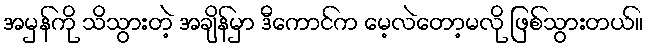
အမှန်ကို သိသွားတဲ့ အချိန်မှာ ဒီကောင်က မေ့လဲတော့မလို ဖြစ်သွားတယ်။